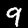
Label: 9